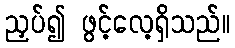
ညှပ်၍ ဖွင့်လေ့ရှိသည်။